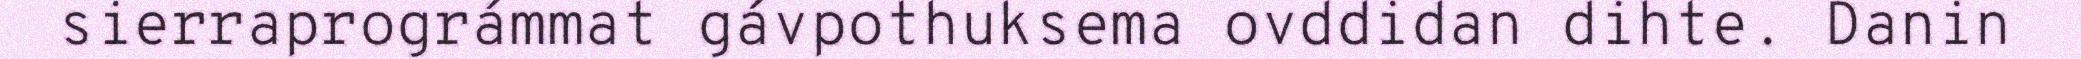
sierraprográmmat gávpothuksema ovddidan dihte. Danin